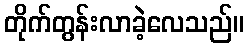
တိုက်တွန်းလာခဲ့လေသည်။